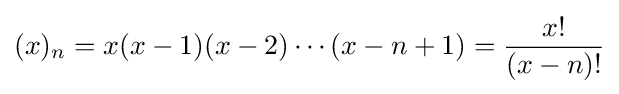
(x)_{n}=x(x-1)(x-2)\cdots (x-n+1)={\frac {x!}{(x-n)!}}